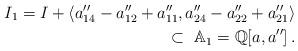
LaTeX: \begin{align*} I_1=I+\langle a_{14}''-a_{12}''+a_{11}'', a_{24}''-a_{22}''+a_{21}''\rangle\\ \subset\ \mathbb{A}_1=\mathbb{Q}[a,a'']\,.\end{align*}